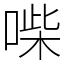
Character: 喍